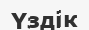
Үздік